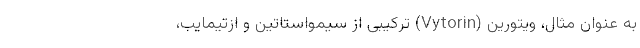
به عنوان مثال، ویتورین (Vytorin) ترکیبی از سیمواستاتین و ازتیمایب،